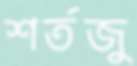
শর্তজু